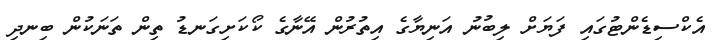
އެކްސިޑެންޓުގައި ފަޔަށް ލިބުނު އަނިޔާގެ އިތުރުން އޭނާގެ ކޯކަށިގަނޑު ތިން ތަނަކުން ބިނދި